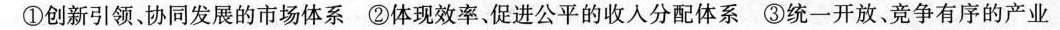
①创新引领、协同发展的市场体系②体现效率、促进公平的收入分配体系③统一开放、竞争有序的产业